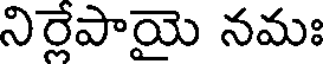
నిర్లేపాయై నమః